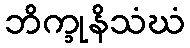
ဘိက္ခုနိသံဃံ